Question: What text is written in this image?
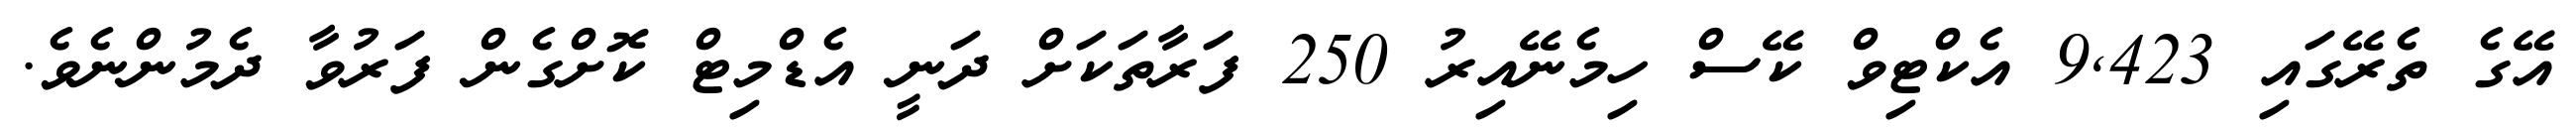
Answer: އޭގެ ތެރޭގައި 9,423 އެކްޓިވް ކޭސް ހިމެނޭއިރު 250 ފަރާތަކަށް ދަނީ އެޑްމިޓް ކޮށްގެން ފަރުވާ ދެމުންނެވެ.